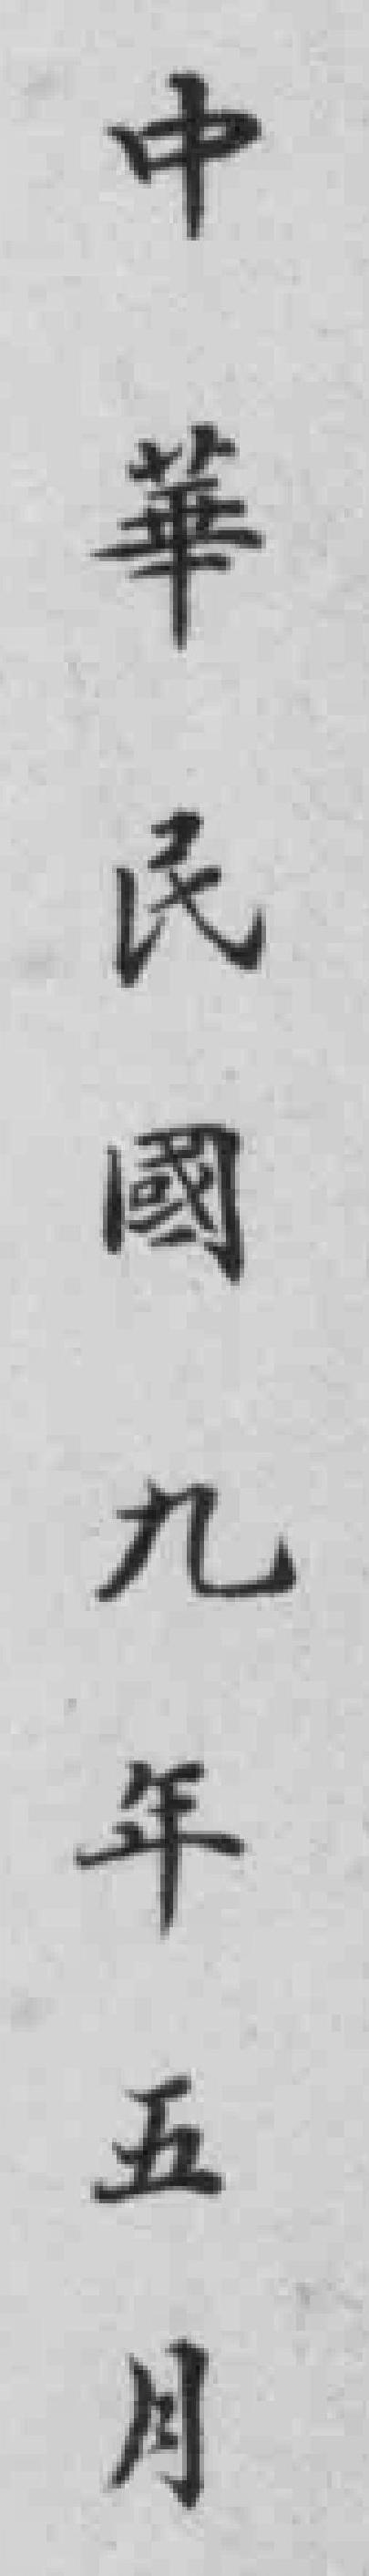
中華民國九年五月